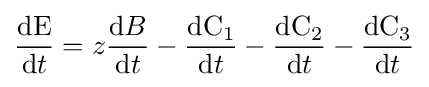
{\frac {{\mathrm {d} }{\ce {E}}}{{\mathrm {d} }t}}=z{\frac {{\mathrm {d} }B}{{\mathrm {d} }t}}-{\frac {{\mathrm {d} }{\mathrm {C} {\vphantom {A}}_{\smash[{t}]{1}}}}{{\mathrm {d} }t}}-{\frac {{\mathrm {d} }{\mathrm {C} {\vphantom {A}}_{\smash[{t}]{2}}}}{{\mathrm {d} }t}}-{\frac {{\mathrm {d} }{\mathrm {C} {\vphantom {A}}_{\smash[{t}]{3}}}}{{\mathrm {d} }t}}